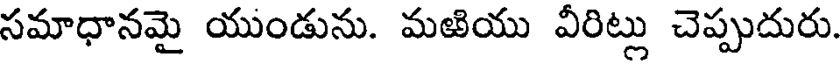
సమాధానమై యుండును. మఱియు వీరిట్లు చెప్పుదురు.